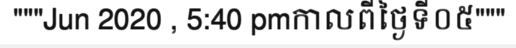
"""Jun 2020 , 5:40 pmកាលពីថ្ងៃទី០៥"""